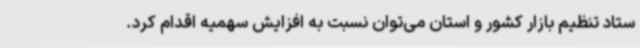
ستاد تنظیم بازار کشور و استان می‌توان نسبت به افزایش سهمیه اقدام کرد.